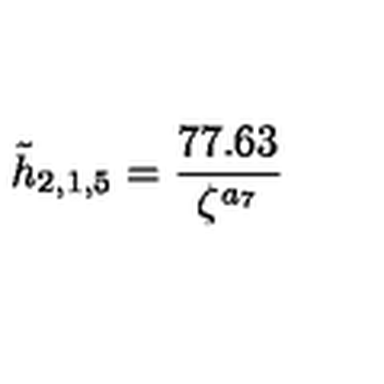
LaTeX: \tilde { h } _ { 2 , 1 , 5 } = \frac { 7 7 . 6 3 } { \zeta ^ { a _ { 7 } } }